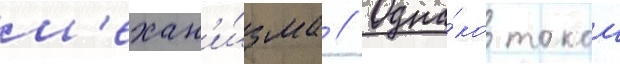
м'ехан'и́зма // Одна́ко такои